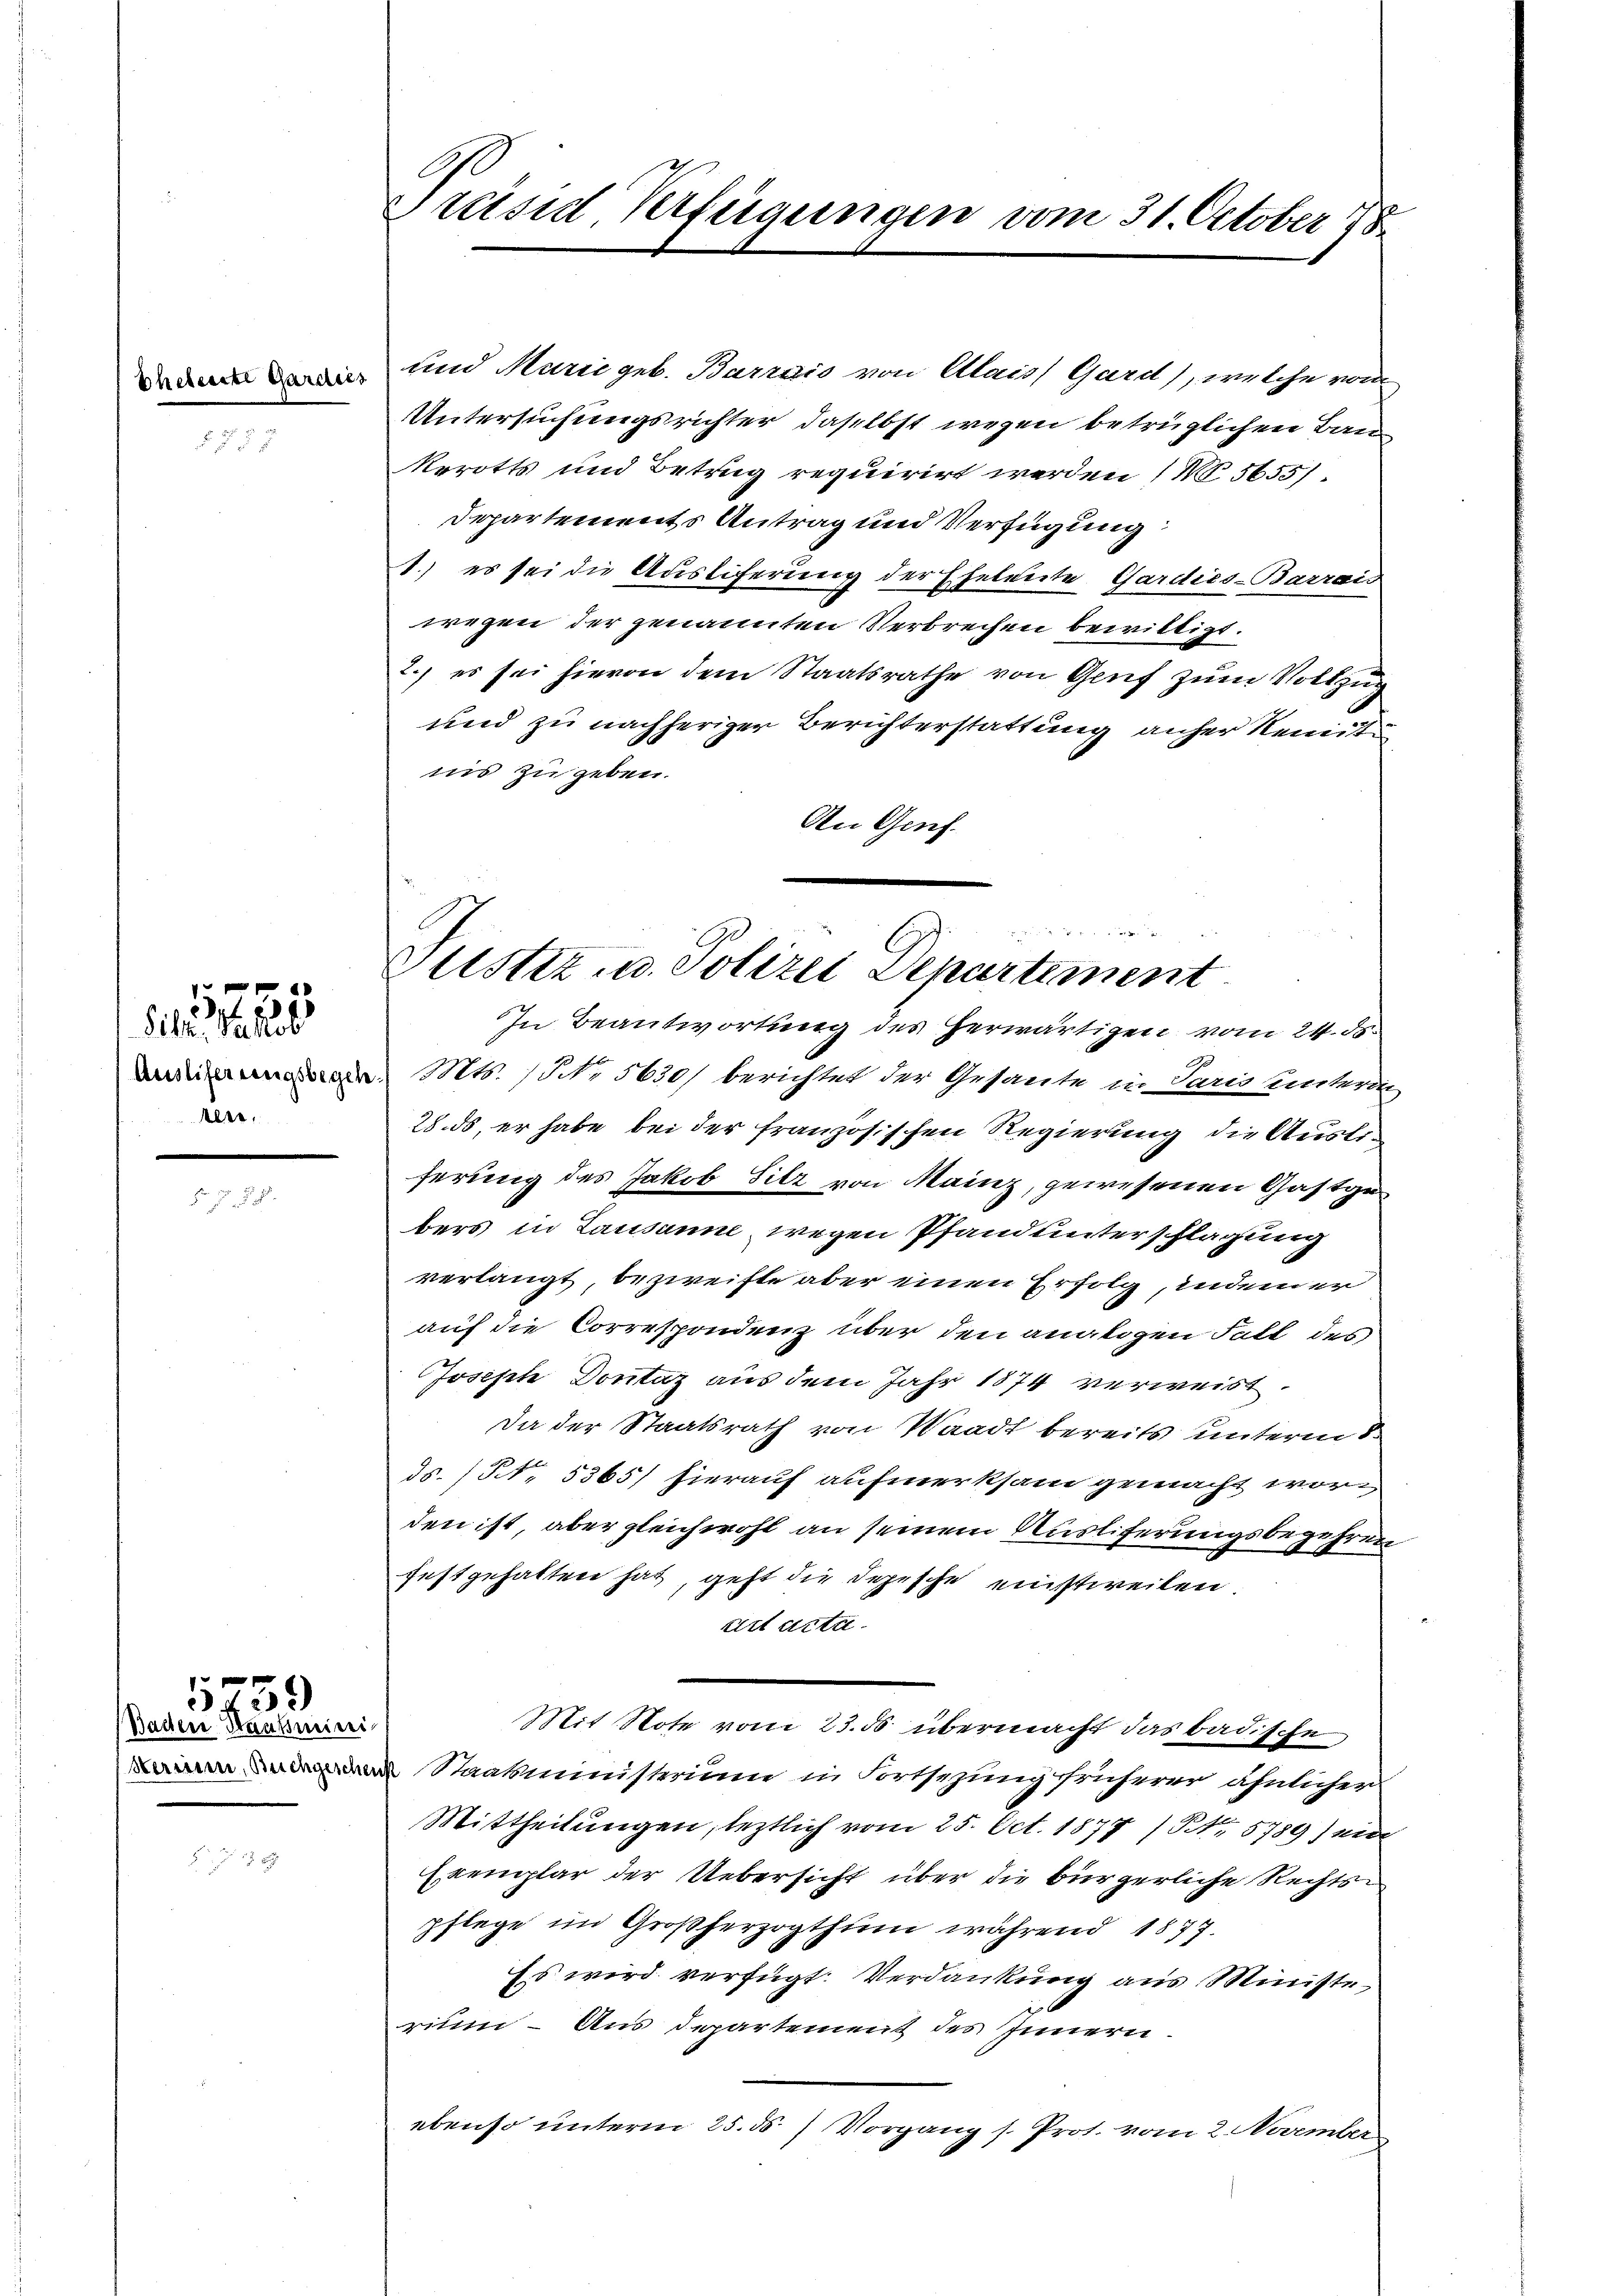
Sile. Nachl
Auslifer wenigsbegeh
Aber,

e

Baden Staatsmini
Herini, Buchgesche

1759

Präsid Verfügungen vom 31. October 178

und Marie geb. Barrais von Alais Gard), welche von
Untersuchungsrichter, daselbst wegen betrüglichen Bau
Rerotts und Betrug requirirt werden / M. 5655).
Departements Antrag und Verfügung:
1.) es sei die Ausliferung der Eheleute Gardies-Barrais
wegen der genannten Verbrechen bewilligt.
2.) es sei hievon dem Staatsrathe von Genf zum Vollzug
und zu nachheriger Berichterstattung anher Remittin
nis zu geben.
An Gruf.

Gülstiz u. Polizei Departement
In Beantwortung des herwärtigen vom 24. ds.

Mts. No. 5630) berichtet der Gesante in Paris unterri-
28. ds, er habe bei der französischen Regierung die Austriferung des Jakob Sitz von Mainz, gewesenen Gastgebers in Lausanne wegen Pfand unterschlagung
verlangt, bezweifte aber einen Erfolg, indem er
auf die Correspondenz über den analogen Fall des
Joseph Dontaz aus dem Jahr 1874 verweist
Da der Staatsrath von Waadt bereits unterm 8.
ds. / NNo. 5365) hierauf aufmerksam gemacht worden ist, aber gleichwohl an seinem Nustiferungsbegehren
festgehalten hat, geht die Depesche einstweilen.
rirt acta.
Mit Note vom 23. 56 übermacht das badische
Staatsministerium in Fortsezung früherer ähnlicher
Mittheilungen, leztlich vom 25. Oct. 1877 (Nr. 5789) ein
Exemplar der Uebersicht über die bürgerliche Rechtspflege im Großherzogthum während 1877.
Es wird verfügt: Verdankung aus Ministe
rium - Aus Departement des Innern.
ebenso unterm 25. ds. / Vorgang s. Prot. vom 2. November